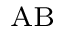
_ \mathrm { A B }